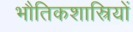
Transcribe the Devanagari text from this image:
भौतिकशास्रियों